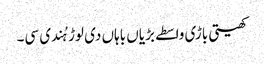
کھیتی باڑی واسطے بڑیاں باہاں دی لوڑ ہُندی سی۔